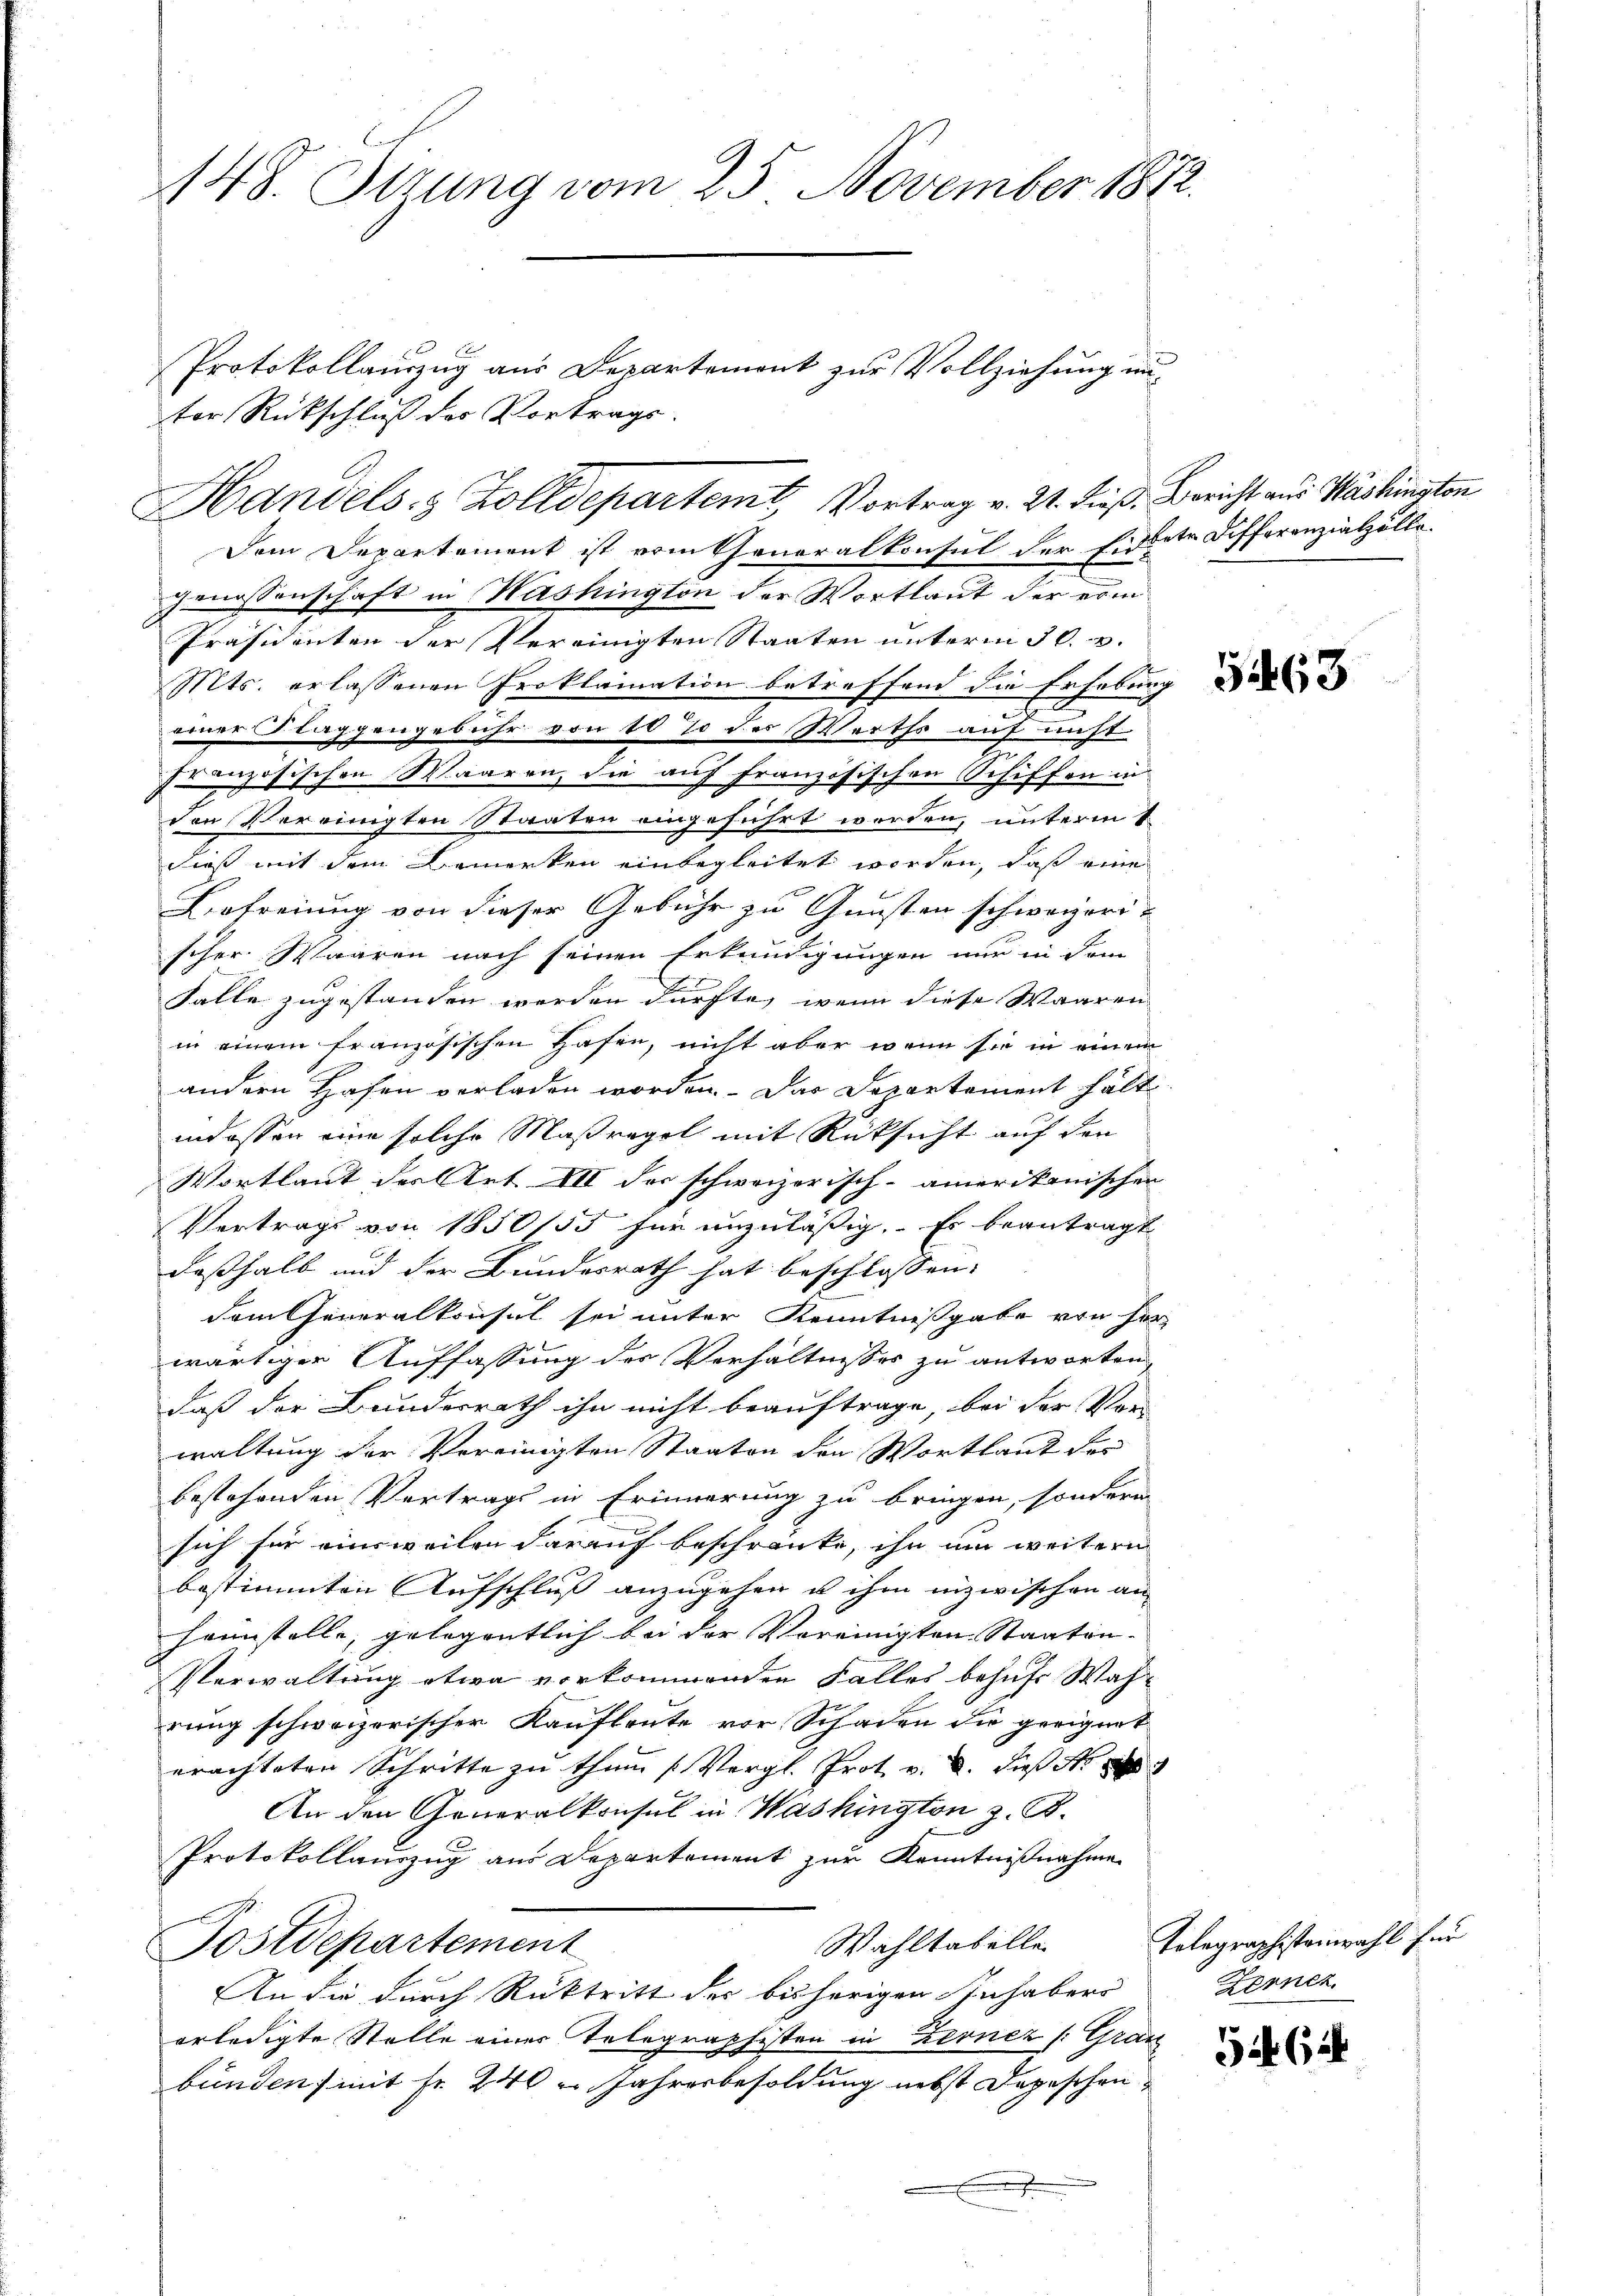
148. Sitzung vom 25. November 1872.

Genossenschaft in Washington der Wortlaut der ein¬
Präsidenten der Vereinigten Staaten unterm 30. v.
Mts. erlassenen Proklamation betreffend die Erhebung
.
einer Flaggengebühr von 10% des Werths auf nicht
5
französischen Waaren, die auf französischen Schiffen in
den Vereinigten Staaten eingeführt worden, unterm 1
dieß mit dem Bemerken einbegleitet werden, daß eine
Befreiung von dieser Gebühr zu Gunsten schweizerischer Waaren nach seinen Erkundigungen nur in dem
Falle zugestanden werden dürfte, wenn diese Waaren
in einem französischen Hafen, nicht aber wenn sie in einem
andern Hafen verladen worden. Das Departement hält
indossen eine solche Maßregel mit Rücksicht auf den
Wortlaut der Art. XII der schweizerisch-amerikanischen
Vertrags von 1850/55 für unzulässig. Es beantragt
daßhalb und der Bundesrath hat beschlossen:
dem Generalkonsul sei unter Kenntnißgabe von He
wärtiger Auffassung des Verhältnisses zu antworten
daß der Bundesrath ihn nicht beauftrage, bei der Vorwaltung der Vereinigten Staaten den Wortlaut der
bestehenden Vertrags in Erinnerung zu bringen, sondern
sich für einsweilen darauf beschränke, ihn um weitern
bestimmten Aufschluß anzugehen u ihm inzwischen an
heimstelle, gelegentlich bei der Vereinigten Staaten-
Verwaltung etwa verkommenden Falles behufe Wahrung schweizerischer Kaufleute vor Schaden die geeignet
erachteten Schritte zu thum (Vergl. Prot. v. 2. dieß Nr 1
An den Generalkonsul in Washington z. B.
Protokollauszug aus Departement zur Kenntnißnahme
Wahltabelle
Postdepartement
An die durch Rücktritt der bisherigen Inhaber
erledigte Stelle einer Telegraphisten in Bernez /:Grae
bünden) mit Fr. 240 u Jahresbesoldung nebst Depeschen

ter Rückschluß der Vortrags.

Protokollauszug aus Departemont zur Vollziehung im

Handels- & Zolldepartem Vortrag v. 21. dieß, Bericht aus Washington
Dem Departement ist vom Generalkonsul der Eiddete Differenziatzölle

14

31463

Telegraphistenwahl für
Ferner

G 62